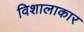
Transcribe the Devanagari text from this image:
विशालाकार